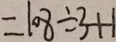
= 1 0 8 \div 3 + 1